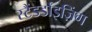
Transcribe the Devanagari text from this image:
स्टैंडर्डाइज़िंग